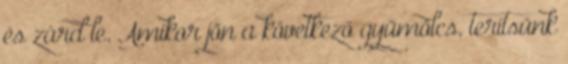
és zárd le. Amikor jön a következő gyümölcs, terítsünk